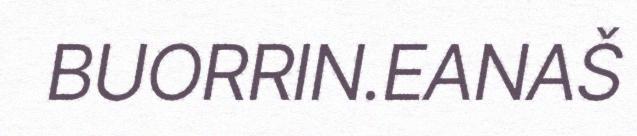
BUORRIN.EANAŠ